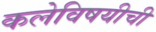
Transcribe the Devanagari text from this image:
कलेविषयीची